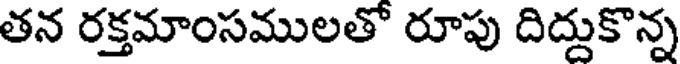
తన రక్తమాంసములతో రూపు దిద్దుకొన్న